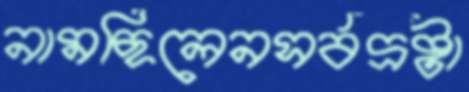
নামছিলেনসর্বদ্রষ্টা